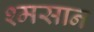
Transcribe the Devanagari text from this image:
श्मसान